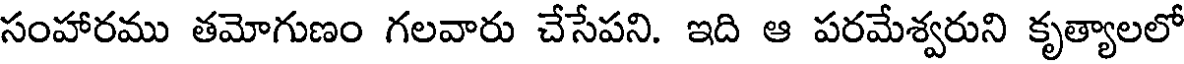
సంహారము తమోగుణం గలవారు చేసేపని. ఇది ఆ పరమేశ్వరుని కృత్యాలలో